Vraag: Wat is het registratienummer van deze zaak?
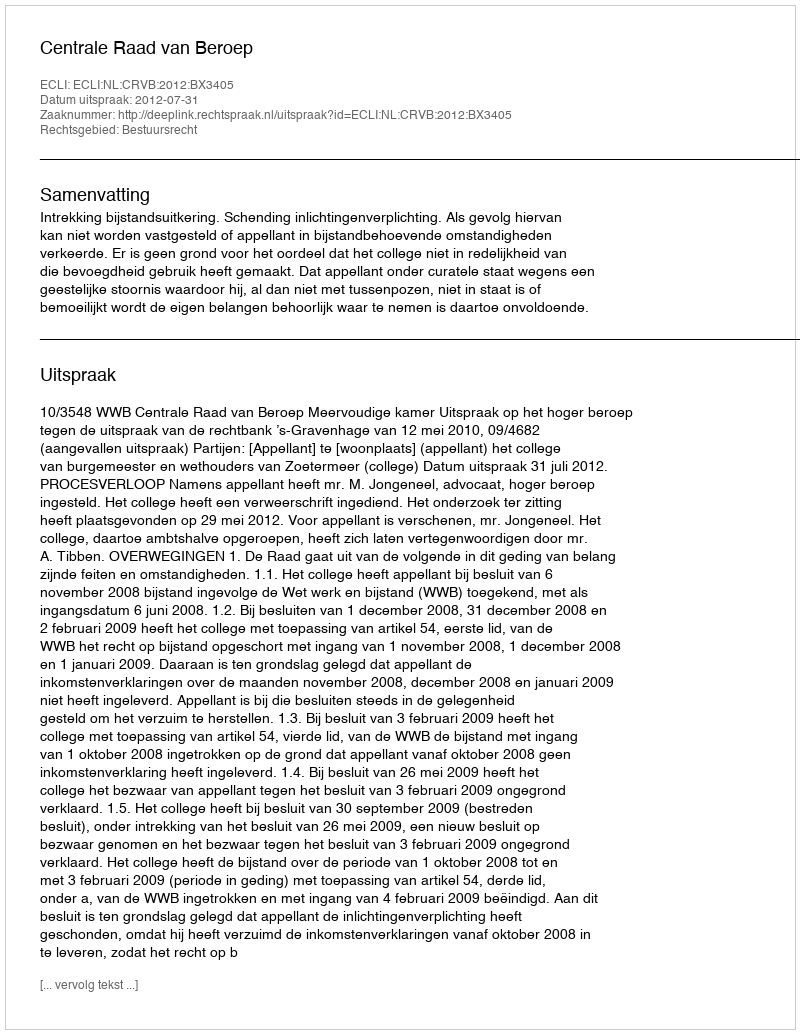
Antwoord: http://deeplink.rechtspraak.nl/uitspraak?id=ECLI:NL:CRVB:2012:BX3405